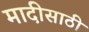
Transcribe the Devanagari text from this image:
मादीसाठी